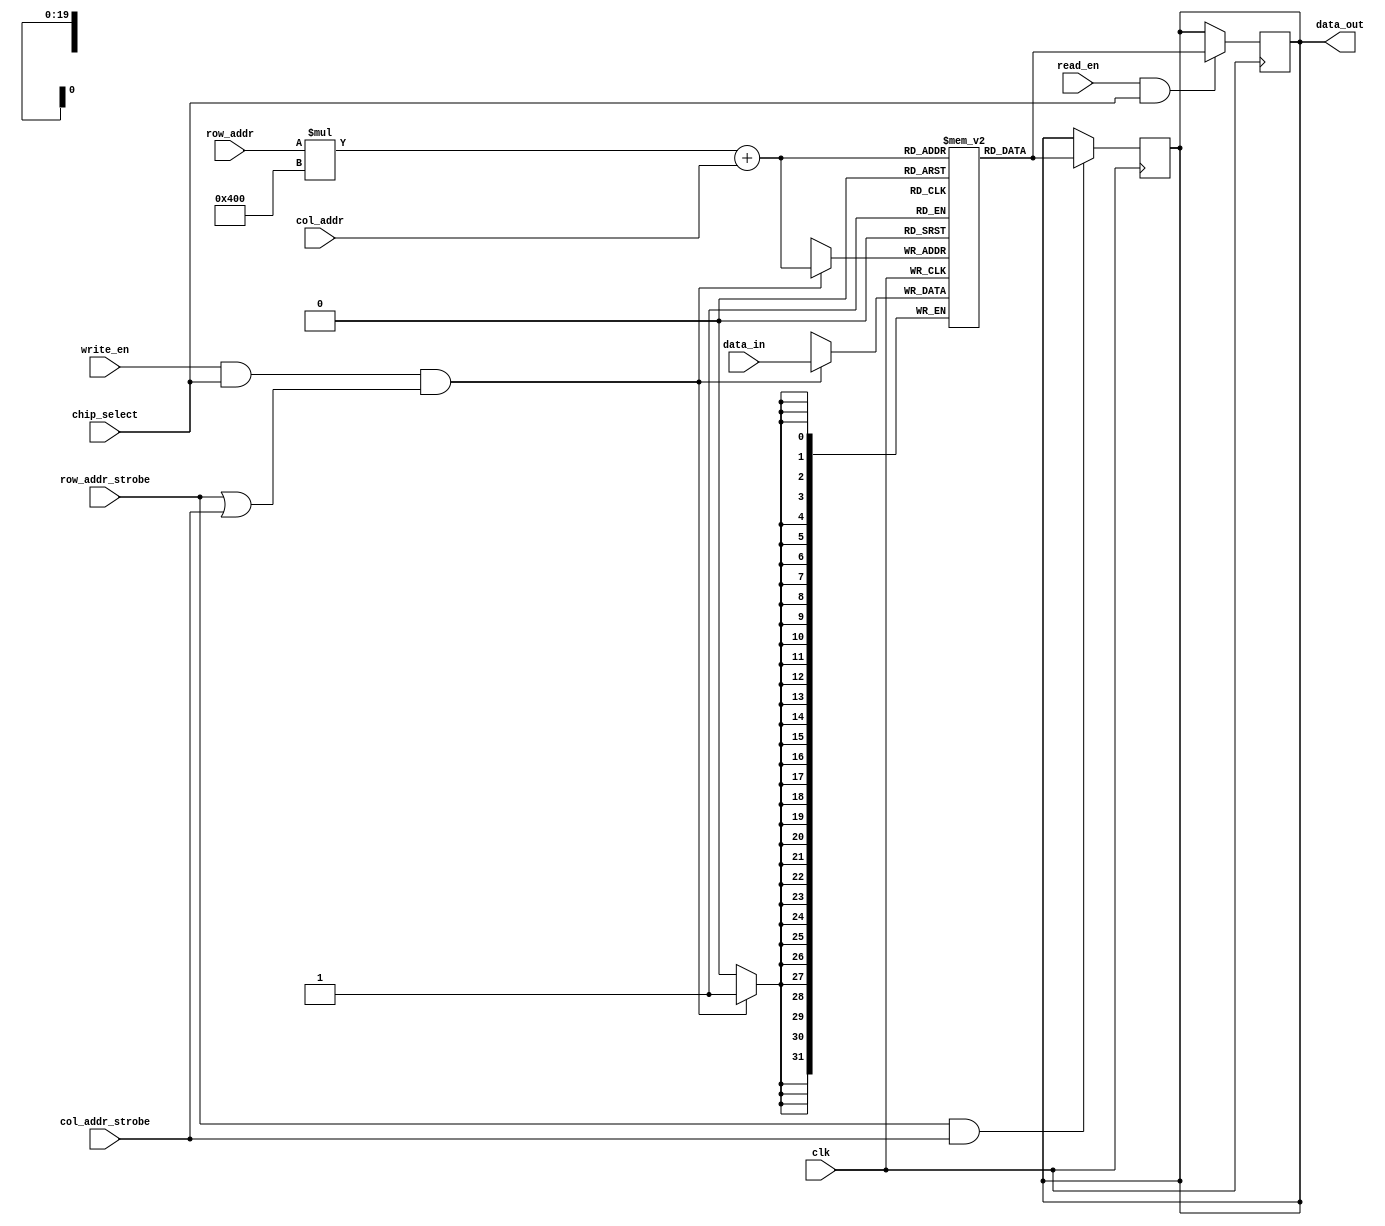
module DRAM (
    input wire clk,
    input wire [ROW_ADDR_WIDTH-1:0] row_addr,
    input wire [COL_ADDR_WIDTH-1:0] col_addr,
    input wire [DATA_WIDTH-1:0] data_in,
    output reg [DATA_WIDTH-1:0] data_out,
    input wire read_en,
    input wire write_en,
    input wire chip_select,
    input wire row_addr_strobe,
    input wire col_addr_strobe
);

// Define parameters
parameter ROW_ADDR_WIDTH = 10;
parameter COL_ADDR_WIDTH = 10;
parameter DATA_WIDTH = 32;

// Define memory array
reg [DATA_WIDTH-1:0] memory [0:2**ROW_ADDR_WIDTH-1][0:2**COL_ADDR_WIDTH-1];

// Define control signals
reg [DATA_WIDTH-1:0] temp_data;

// Data bus multiplexer
always @ (posedge clk) begin
    if (row_addr_strobe && col_addr_strobe) begin
        data_out <= memory[row_addr][col_addr];
    end
end

// Read and write logic
always @ (posedge clk) begin
    if (read_en && chip_select) begin
        data_out <= memory[row_addr][col_addr];
    end
    if (write_en && chip_select && (row_addr_strobe || col_addr_strobe)) begin
        memory[row_addr][col_addr] <= data_in;
    end
end

endmodule